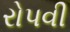
રોપવી